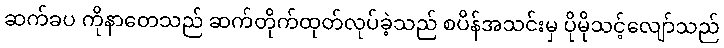
ဆက်ခပ ကိုနာတေသည် ဆက်တိုက်ထုတ်လုပ်ခဲ့သည် စပိန်အသင်းမှ ပိုမိုသင့်လျော်သည်